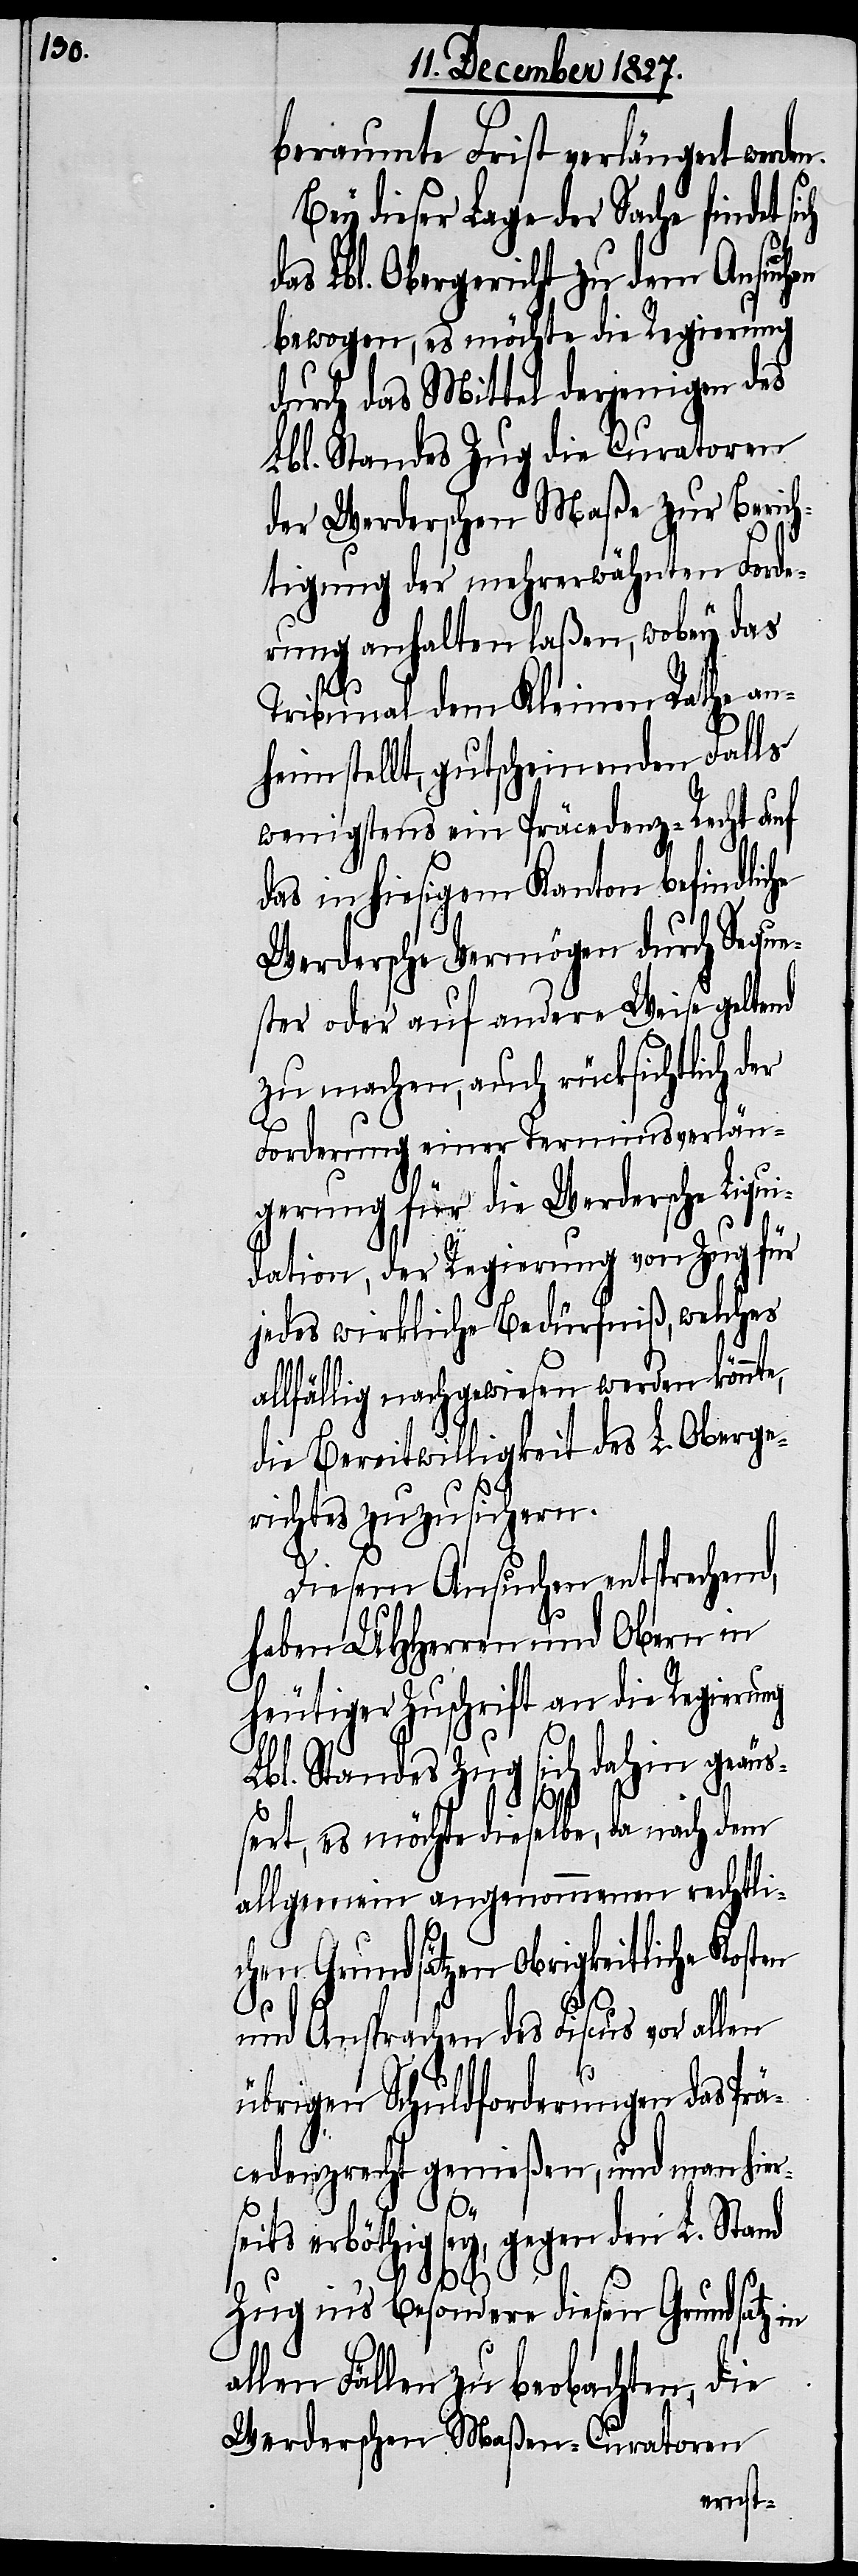
beraumte Frist verlängert werde¬
Bey dieser Lage der Sache findet si¬
das Lbl. Obergericht zu dem Ansuchen
bewogen, es möchte die Regierung
durch das Mittel derjenigen des
Lbl. Standes Zug die Curatoren
der Werderschen Maße zur Berich¬
tigung der mehrerwähnten Forde¬
rung anhalten laßen, wobey das
Tribunal dem Kleinen Rathe anh¬
eim stellt, gutscheinenden Falls
wenigstens ein Präcedenz-Recht auf
das in hiesigem Kanton befindlic¬
Werdersche Vermögen durch Seque¬
ster oder auf andere Weise geltend
zu machen, auch rücksichtlich der
Forderung einer Terminsverlän¬
gerung für die Werdersche Liqui¬
dation, der Regierung von Zug für
jedes wirkliche Bedürfniß, welches
allfällig nachgewiesen werden könnte,
die Bereitwilligkeit des L. Oberge¬
richtes zuzusichern.
Diesem Ansuchen entsprechend,
haben UHHerren und Obern in
heutiger Zuschrift an die Regierung
Lbl. Standes Zug sich dahin geäuß¬
n.
ert, es möchte dieselbe, da nach dem
allgemein angenommenen rechtli¬
chen Grundsätzen Obrigkeitliche Kosten
he
und Ansprachen des Fiscus vor allen
übrigen Schuldforderungen das Prä¬
cedenzrecht genießen, und man hier¬
seits erböthig sey, gegen den L. Stand
Zug in’s Besondere diesen Grundsatz in
allen Fällen zu beobachten, die
Werderschen Maßen-Curatoren